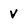
Character: V